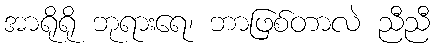
အာရိုရို ဘုရားရေ၊ ဘာဖြစ်တာလဲ ညီညီ